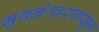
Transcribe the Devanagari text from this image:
भुवनेश्वरपासून